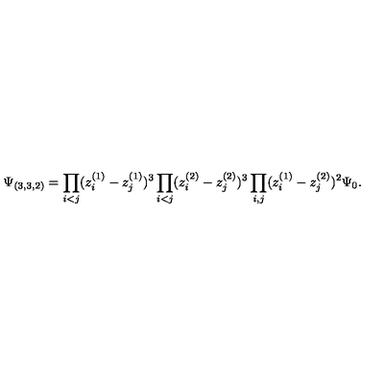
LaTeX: \Psi _ { ( 3 , 3 , 2 ) } = \prod _ { i < j } ( z _ { i } ^ { ( 1 ) } - z _ { j } ^ { ( 1 ) } ) ^ { 3 } \prod _ { i < j } ( z _ { i } ^ { ( 2 ) } - z _ { j } ^ { ( 2 ) } ) ^ { 3 } \prod _ { i , j } ( z _ { i } ^ { ( 1 ) } - z _ { j } ^ { ( 2 ) } ) ^ { 2 } \Psi _ { 0 } .